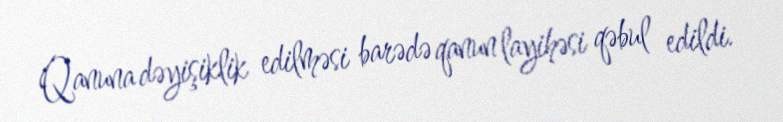
Qanuna dəyişiklik edilməsi barədə qanun layihəsi qəbul edildi.